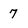
Character: 7